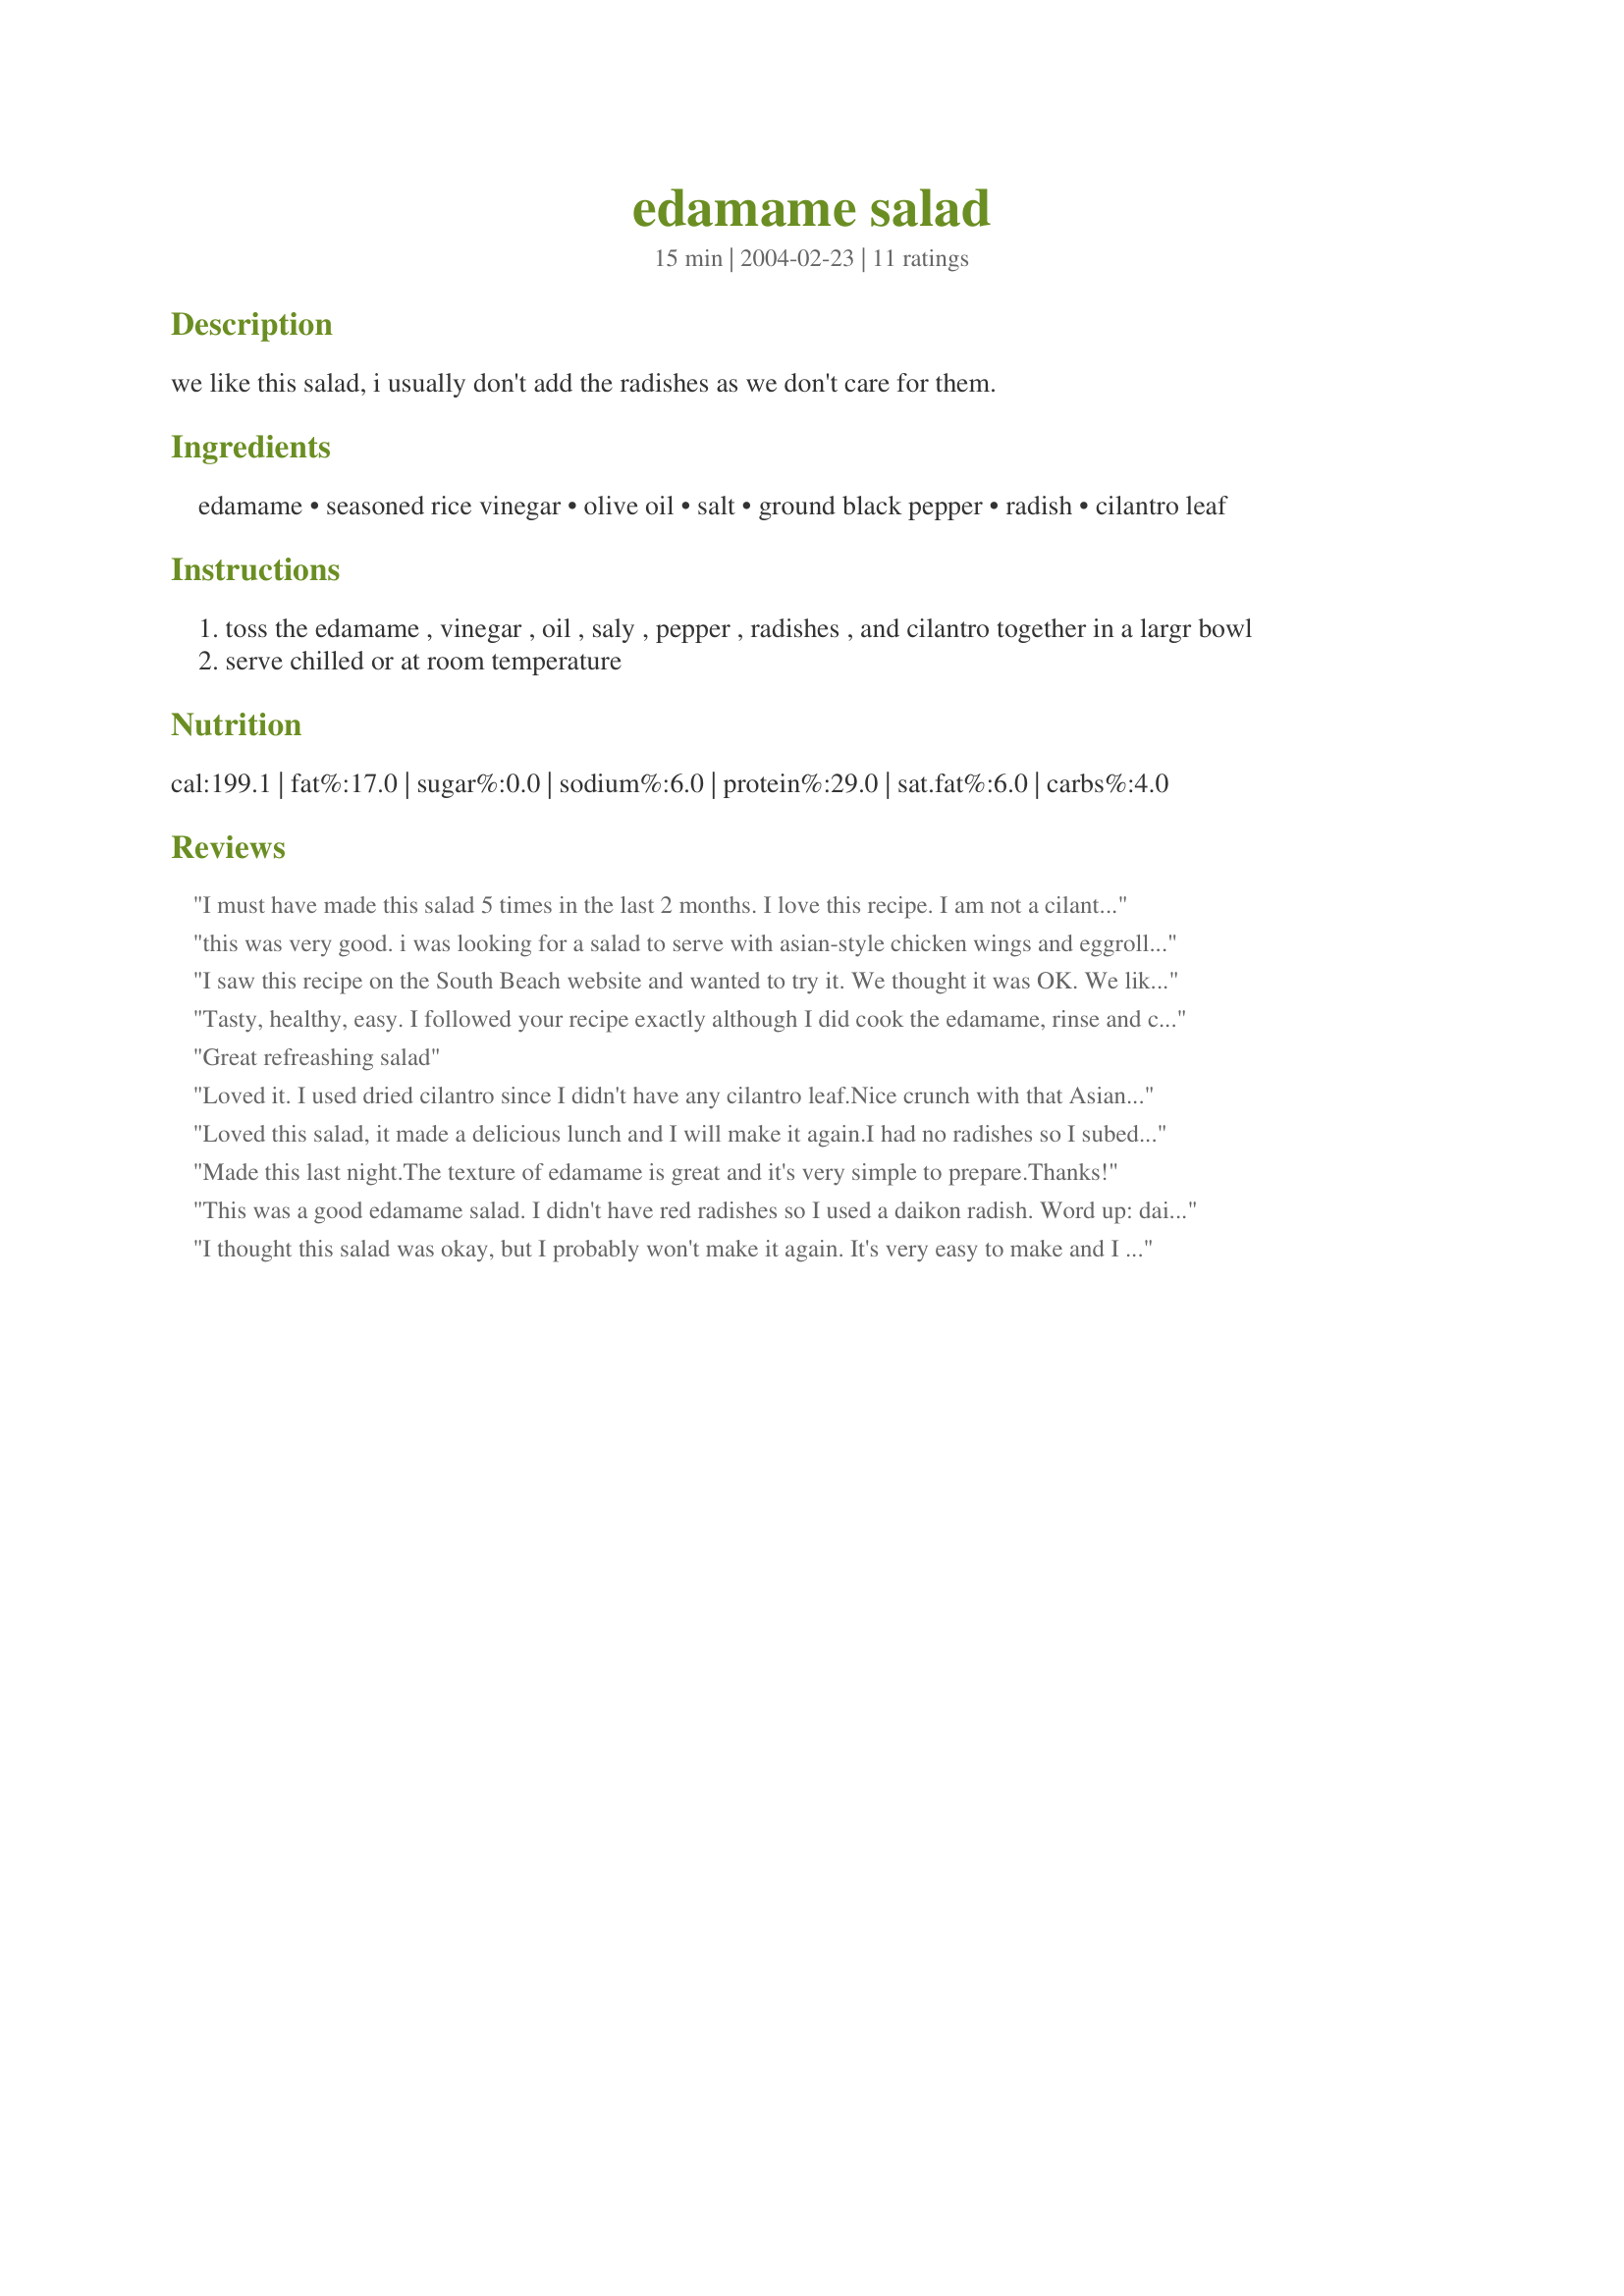
edamame salad
Preparation time: 15 minutes

we like this salad, i usually don't add the radishes as we don't care for them.

Ingredients:
edamame, seasoned rice vinegar, olive oil, salt, ground black pepper, radish, cilantro leaf

Steps:
toss the edamame , vinegar , oil , saly , pepper , radishes , and cilantro together in a largr bowl
serve chilled or at room temperature

Reviews:
I must have made this salad 5 times in the last 2 months. I love this recipe. I am not a cilantro fan, so I use parsley instead. I try to cut up the radishes as thin as possible so that they spread around the salad nicely and add a good crunch to it.
this was very good. i was looking for a salad to serve with asian-style chicken wings and eggrolls, and this was perfect. really easy too! i also left out the radishes but followed everything else exactly. thanks!!
I saw this recipe on the South Beach website and wanted to try it. We thought it was OK. We like edamame & radish...the dressing just didn't seem to do much for either one of them.
Tasty, healthy, easy. I followed your recipe exactly although I did cook the edamame, rinse and cool - It came out a 5 stars plus salad. This one is going in my Faves and Raves Cookbook. Thanks Barb!
Great refreashing salad
Loved it. I used dried cilantro since I didn't have any cilantro leaf.Nice crunch with that Asian flair. Thanks for sharing Barb!!!
Loved this salad, it made a delicious lunch and I will make it again.I had no radishes so I subed with sweet red pepper, also used parsley instead of cilantro. Thanks for posting.
Made this last night.The texture of edamame is great and it's very simple to prepare.Thanks!
This was a good edamame salad. I didn't have red radishes so I used a daikon radish. Word up: daikon starts to smell strongly if left in a dressing for a day or two. Besides that, we loved this one. I didn't use cilantro because the store didn't have any. Thanks for posting.
I thought this salad was okay, but I probably won't make it again. It's very easy to make and I liked the fresh indredients, but I would have preferred to eat them separately; the flavors didn't seem to blend well. Using less seasoned rice vinegar may help.
This salad is amazing! I make this often; my husband and I can't seem to get enough of it. The edamame have such an nice bite to them! So sorry - meant to give this a 5-star rating!
